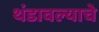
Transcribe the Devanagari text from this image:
थंडावल्याचे